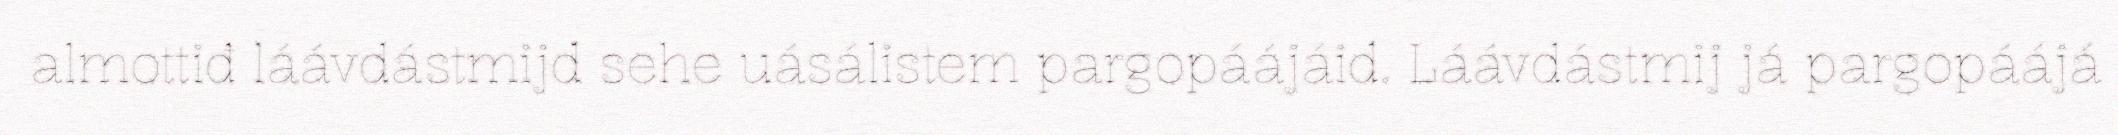
almottiđ láávdástmijd sehe uásálistem pargopáájáid. Láávdástmij já pargopáájá